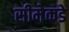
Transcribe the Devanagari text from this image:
सीमेकडे